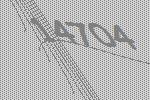
14704